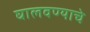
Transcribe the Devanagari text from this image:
घालवण्याचे